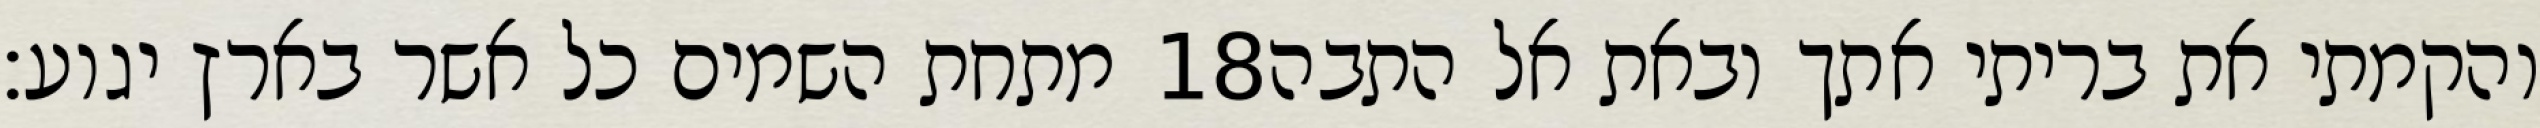
מתחת השמים כל אשר בארץ יגוע׃ ‎18‏ והקמתי את בריתי אתך ובאת אל התבה